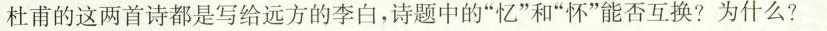
杜甫的这两首诗都是写给远方的李白，诗题中的”忆”和”怀”能否互换?为什么?